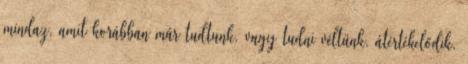
mindaz, amit korábban már tudtunk, vagy tudni véltünk, átértékelődik,